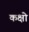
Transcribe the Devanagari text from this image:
कक्षो